system: You are a helpful assistant.
user:
Analyze the provided spectrum to determine if it is a **Carbon Star (C-type)**.

- **Key Visual Indicators of Carbon Star:**
    - **(Primary):** Strong molecular absorption from **C₂ (diatomic carbon) "Swan Bands."** This is the **defining feature** of a carbon star.
        - **(Key Bandheads):** Sharp absorption edges are visible at approximately $5635$ Å, $5165$ Å (the strongest band), and $4737$ Å.
        - **(Line Profile):** Creates a distinct **"saw-tooth"** pattern. The key morphology is a sharp, steep bandhead on the **red (long-wavelength) side**, which then gradually tapers off (i.e., flux recovers) towards the **blue (short-wavelength) side**. *(This is the direct opposite of the TiO bands seen in M-type stars)*.

    - **(Secondary):** Intense **CN (cyanogen)** molecular absorption bands.
        - **(Key Bandheads):** Located in the blue and violet regions of the spectrum (e.g., near $4215$ Å and $3883$ Å).
        - **(Morphology):** These bands are extremely broad and act as a "blanket," absorbing the vast majority of blue and violet light. This creates a characteristic **"cliff"** or **"steep drop-off"** in the spectrum's flux at short wavelengths.

    - **(Key Confirmation):** Strong **CH absorption band (G-band)**.
        - **(Key Bandhead):** Located around $4300$ Å. The contribution from CH molecules to this band is exceptionally strong.

    - **(Overall Spectrum):**
        - The continuum is severely "chopped up" by these deep molecular bands, especially C₂, rather than appearing as a smooth curve.
        - Due to the heavy CN and C₂ absorption in the blue-green, the vast majority of the star's flux is concentrated in the red part of the spectrum, giving the star its characteristic deep red color.

Think first, call **spectral_visualization_tool** if needed to examine features in detail, then provide your final answer. Your response must adhere to the following strict rules:
1.  **Overall Structure:** Your response must follow the format `<think>...</think> <tool_call>...</tool_call> (if a tool is used) <answer>...</answer>`.
2.  **Tool Usage Constraint:** You may only make **one** tool call per turn.
3.  **Final Answer Format:** In the `<answer>` tag, your conclusion must be inside a `\boxed{}` command (e.g., `\boxed{YES}`), followed by your justification.

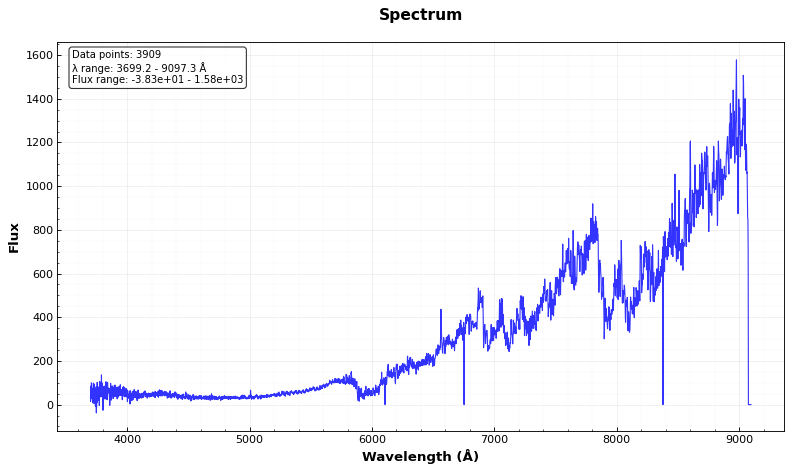
Answer: YES